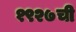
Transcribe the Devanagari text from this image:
१९२७ची